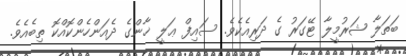
ބަތަލާ ޝަރުމީލާ ޓޭގަރު ގެ ދަރިއެކެވެ. ސައިފް ޢަލީ ޚާންގެ ދެއަންހެންކޮއްކޮ ތިބެއެވެ.